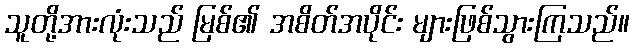
သူတို့အားလုံးသည် မြစ်၏ အစိတ်အပိုင်း များဖြစ်သွားကြသည်။